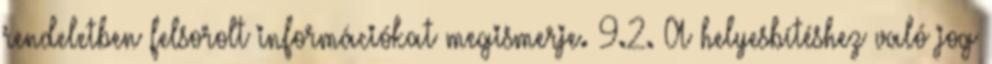
rendeletben felsorolt információkat megismerje. 9.2. A helyesbítéshez való jog